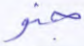
جنو